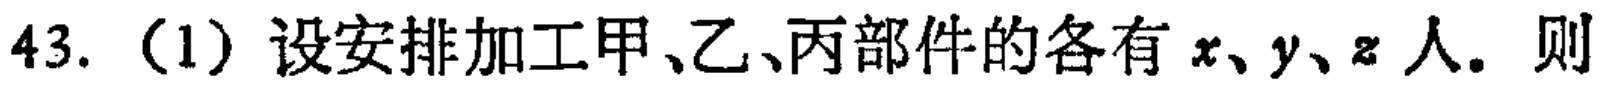
43.（1）设安排加工甲、乙、丙部件的各有\(x、y、z\)人。则